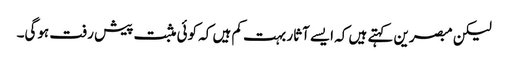
لیکن مبصرین کہتے ہیں کہ ایسے آثار بہت کم ہیں کہ کوئی مثبت پیش رفت ہوگی۔